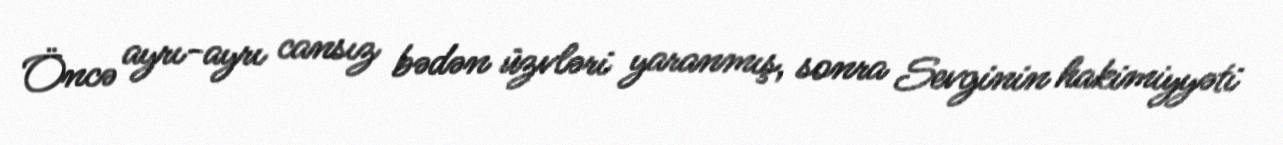
Öncə ayrı-ayrı cansız bədən üzvləri yaranmış, sonra Sevginin hakimiyyəti